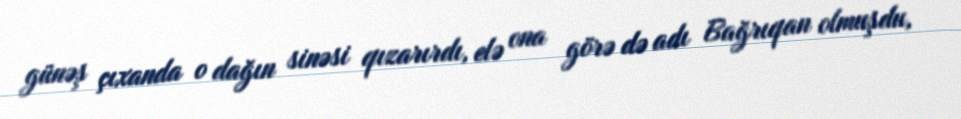
günəş çıxanda o dağın sinəsi qızarırdı, elə ona görə də adı Bağrıqan olmuşdu,